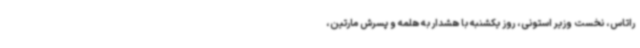
راتاس، نخست وزیر استونی، روز یکشنبه با هشدار به هلمه و پسرش مارتین،